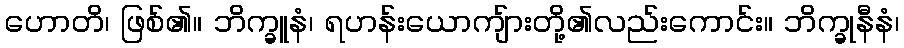
ဟောတိ၊ ဖြစ်၏။ ဘိက္ခူနံ၊ ရဟန်းယောကျ်ားတို့၏လည်းကောင်း။ ဘိက္ခုနီနံ၊